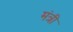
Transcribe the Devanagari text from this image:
मंत्री